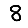
Digit: 8